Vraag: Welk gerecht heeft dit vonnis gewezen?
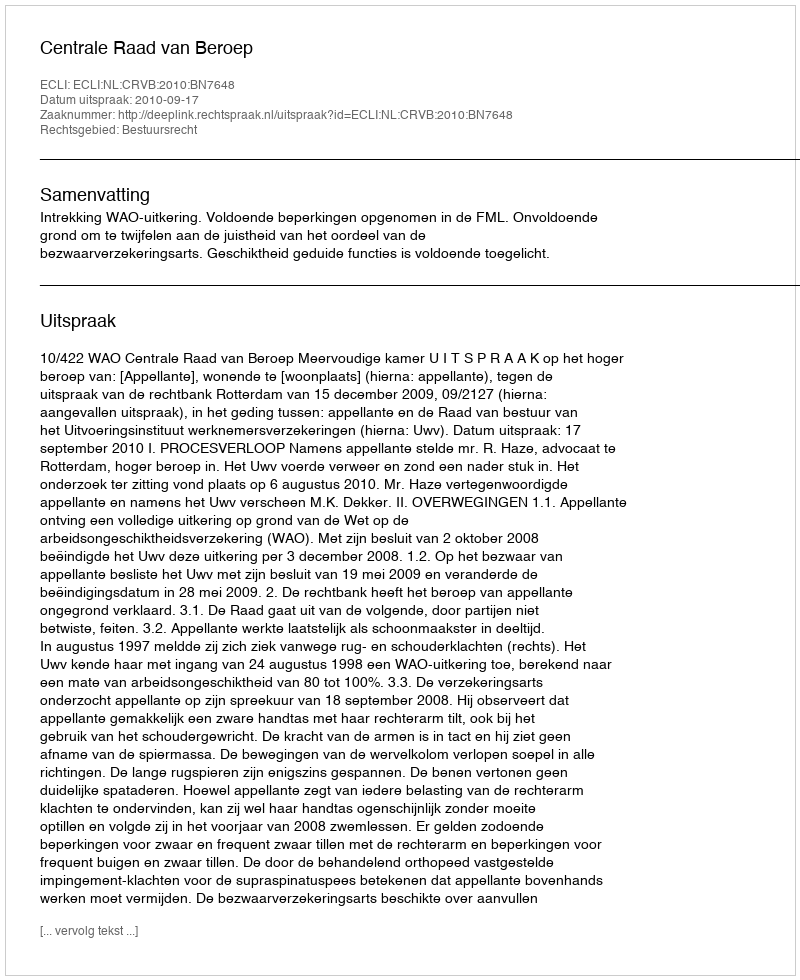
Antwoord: Centrale Raad van Beroep